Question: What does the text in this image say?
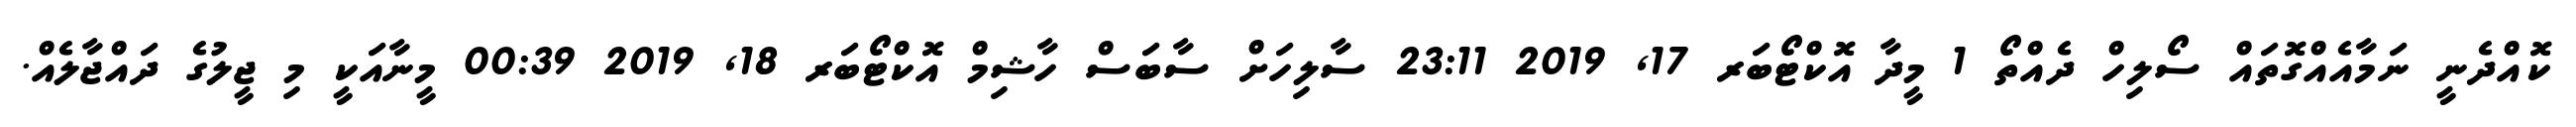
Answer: ކޮއްދެނީ ނަމާއެއްގޮތައް ސޯލިހް ދެއްތޯ 1 މީދާ އޮކްޓޯބަރ 17, 2019 23:11 ސާލިހަށް ސާބަސް ހާޝިމް އޮކްޓޯބަރ 18, 2019 00:39 މީނާއަކީ މި ޖީލުގެ ދައްޖާލެއް.